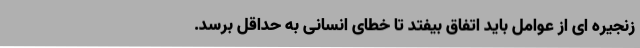
زنجیره ای از عوامل باید اتفاق بیفتد تا خطای انسانی به حداقل برسد.